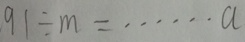
9 1 \div m = \cdots a